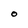
Character: O